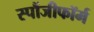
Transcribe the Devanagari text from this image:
स्पौंजीफॉर्म